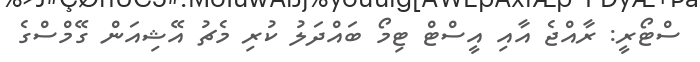
ސްޓޯރީ: ރާއްޖެ އާއި އީސްޓް ޓިމޯ ބައްދަލު ކުރި މެޗު އޭޝިއަން ގޭމްސްގެ